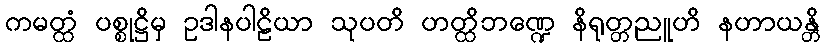
ကမတ္ထံ ပစ္စုဋ္ဌိမှ ဥဒါနပါဠိယာ သုပတိ ဟတ္ထိဘဏ္ဍေ နိရုတ္တညူဟိ နဟာယန္တိ